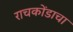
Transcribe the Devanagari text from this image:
राचकोंडाचा